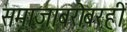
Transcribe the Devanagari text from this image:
समाजाबरोबरही